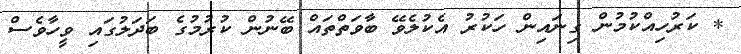
* ކަރުހިއްކުމުން ގިނައިން ހަކުރު އެކުލެވޭ ބާވަތްތައް ބޭނުން ކުރުމުގެ ބަދަލުގައި ވީހާވެސް